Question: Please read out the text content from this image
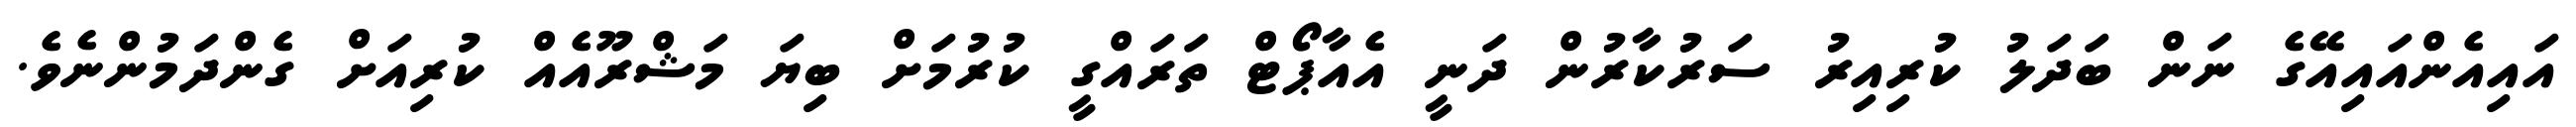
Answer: އައިއެންއައިއޭގެ ނަން ބަދަލު ކުރިއިރު ސަރުކާރުން ދަނީ އެއާޕޯޓް ތަރައްގީ ކުރުމަށް ބިޔަ މަޝްރޫއެއް ކުރިއަށް ގެންދަމުންނެވެ.